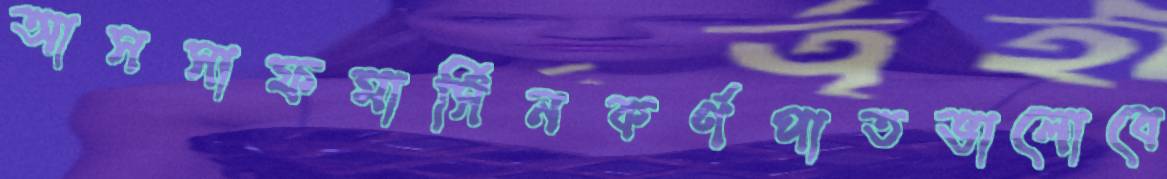
আসসাফমার্সিনকর্ণপাতভালোবে